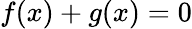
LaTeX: f(x)+g(x)=0